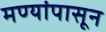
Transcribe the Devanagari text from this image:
मण्यांपासून